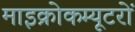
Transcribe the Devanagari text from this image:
माइक्रोकम्यूटरों